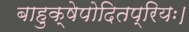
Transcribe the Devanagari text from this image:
बाहुक्षेपोदितप्रियः।